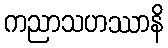
ကညာသဟဿာနိ